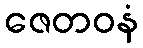
ဇေတဝနံ